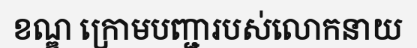
ខណ្ឌ ក្រោមបញ្ជារបស់លោកនាយ